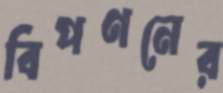
বিপণনের